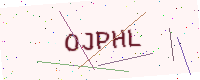
Text: OJPHL